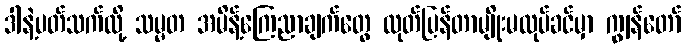
ဒါနဲ့ပတ်သက်လို့ သမ္မတ အမိန့်ကြေညာချက်တွေ ထုတ်ပြန်တာမျိုးမလုပ်ခင်မှာ ကျွန်တော်